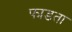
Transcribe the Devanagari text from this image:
फाडता